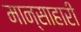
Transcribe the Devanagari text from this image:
मान्साहारी